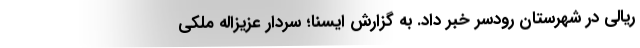
ریالی در شهرستان رودسر خبر داد. به گزارش ایسنا؛ سردار عزیزاله ملکی